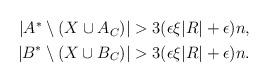
LaTeX: \begin{align*}\begin{aligned}|A^* \setminus(X\cup A_C)| > 3(\epsilon \xi |R| + \epsilon)n, \\|B^* \setminus(X\cup B_C)| > 3(\epsilon \xi |R| + \epsilon)n.\end{aligned}\end{align*}